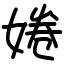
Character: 婘